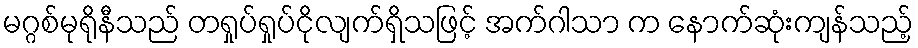
မဂ္ဂစ်မုရိုနီသည် တရှုပ်ရှုပ်ငိုလျက်ရှိသဖြင့် အက်ဂါသာ က နောက်ဆုံးကျန်သည့်